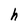
Character: h